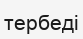
тербеді